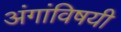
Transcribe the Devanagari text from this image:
अंगांविषयी